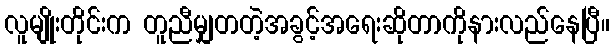
လူမျိုးတိုင်းက တူညီမျှတတဲ့အခွင့်အရေးဆိုတာကိုနားလည်နေပြီ။